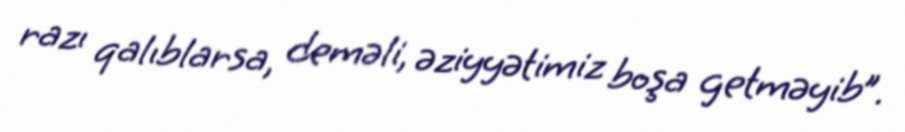
razı qalıblarsa, deməli, əziyyətimiz boşa getməyib”.